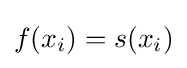
f(x_{i})=s(x_{i})